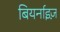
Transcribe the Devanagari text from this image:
बियर्नाइज़